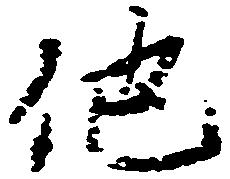
他